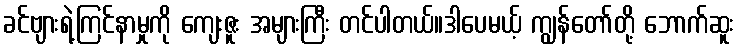
ခင်ဗျားရဲ့ကြင်နာမှုကို ကျေးဇူး အများကြီး တင်ပါတယ်။ဒါပေမယ့် ကျွန်တော်တို့ ဘောက်ဆူး